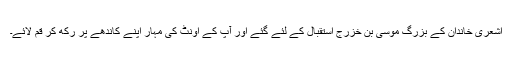
اشعری خاندان کے بزرگ موسی بن خزرج استقبال کے لئے گئے اور آپ کے اونٹ کی مہار اپنے کاندھے پر رکھ کر قم لائے۔